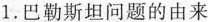
1.巴勒斯坦问题的由来